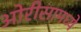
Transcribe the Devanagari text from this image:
ओरीसामध्ये